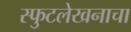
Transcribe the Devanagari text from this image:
स्फुटलेखनाचा